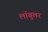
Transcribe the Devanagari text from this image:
लॉबुलर